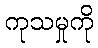
ကုသမှုကို